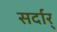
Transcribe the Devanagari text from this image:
सर्दार्